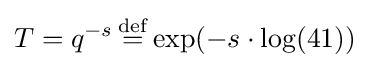
T=q^{-s}\,{\stackrel {\rm {def}}{=}}\,{\text{exp}}(-s\cdot {\text{log}}(41))